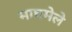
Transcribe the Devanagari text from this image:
माघमेले